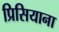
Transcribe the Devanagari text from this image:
प्रिसियाना